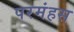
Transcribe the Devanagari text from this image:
परमंहस